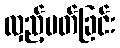
လှည့်ပတ်ခြင်း